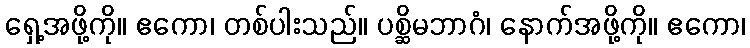
ရှေ့အဖို့ကို။ ဧကော၊ တစ်ပါးသည်။ ပစ္ဆိမဘာဂံ၊ နောက်အဖို့ကို။ ဧကော၊